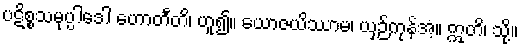
ပဋိစ္စသမုပ္ပါဒေါ ဟောတီတိ၊ ဟူ၍။ ယောဇယိဿာမ၊ ယှဉ်ကုန်အံ့။ ဣတိ၊ သို့။